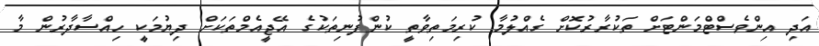
އަދި އިންވެސްޓްމަންޓަށް ތަކުރާރުކޮށް ގެއްލުމާ ކުރިމަތިވާތީ ކުންފުނިތަކުގެ އޭޖީއެމްތަކަށް ދިޔުމަކީ ހިއްސާދާރުން މާ